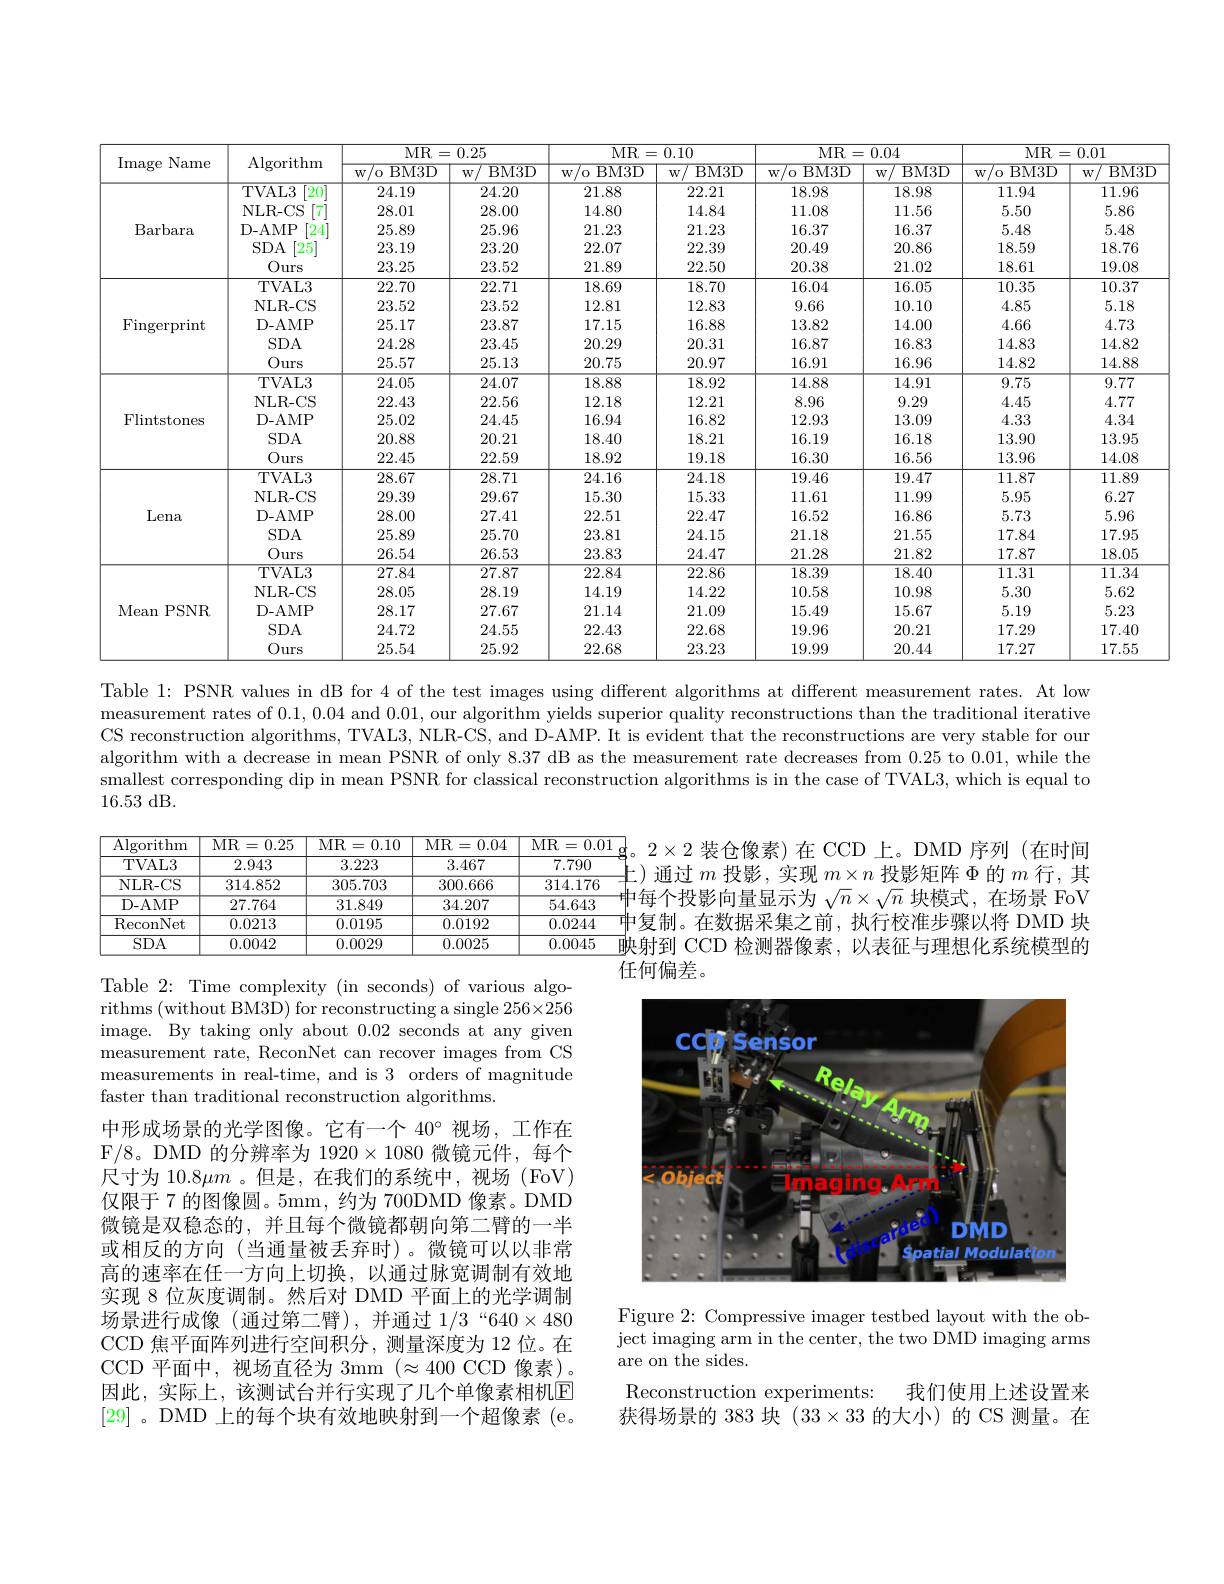
<table>
	<tbody>
		<tr>
			<th rowspan="2">Image Name</th>
			<th rowspan="2">$\operatorname{Algorithm}$</th>
			<th colspan="2">MR= 0. 25</th>
			<th colspan="2">MR=0.10</th>
			<th colspan="2">MR= 0. 04</th>
			<th colspan="2">MR=0.01</th>
		</tr>
		<tr>
			<th>${}^{'}0$ BM3D $W$ </th>
			<th>BM3D $W$</th>
			<th>BM3D $W$ </th>
			<th>$\overline{{\mathrm{BM3D}}}$ $W$</th>
			<th>BM3D $W$ $^{\prime}$o </th>
			<th>BM3D $W$</th>
			<th>BM3D $W$ 0</th>
			<th>$W$ BM3D</th>
		</tr>
		<tr>
			<td rowspan="5">Barbara</td>
			<td>TVAL3 20</td>
			<td>24.19</td>
			<td>24.20</td>
			<td>21.88</td>
			<td>22.21</td>
			<td>18.98</td>
			<td>18.98</td>
			<td>11.94</td>
			<td>11.96</td>
		</tr>
		<tr>
			<td>NLR-CS 7</td>
			<td>28.01</td>
			<td>28.00</td>
			<td>14.80</td>
			<td>14.84</td>
			<td>11.08</td>
			<td>11.56</td>
			<td>5.50</td>
			<td>5.86</td>
		</tr>
		<tr>
			<td>D- AMP 24</td>
			<td>25.89</td>
			<td>25.96</td>
			<td>21.23</td>
			<td>21.23</td>
			<td>16.37</td>
			<td>16.37</td>
			<td>5.48</td>
			<td>5.48</td>
		</tr>
		<tr>
			<td>$SDA$ 25</td>
			<td>23.19</td>
			<td>23.20</td>
			<td>22.07</td>
			<td>22.39</td>
			<td>20.49</td>
			<td>20.86</td>
			<td>18.59</td>
			<td>18.76</td>
		</tr>
		<tr>
			<td>Ours</td>
			<td>23.25</td>
			<td>23.52</td>
			<td>21.89</td>
			<td>22.50</td>
			<td>20.38</td>
			<td>21.02</td>
			<td>18.61</td>
			<td>19.08</td>
		</tr>
		<tr>
			<td rowspan="5">$\operatorname{Fingerprint}$</td>
			<td>TVAL3</td>
			<td>22.70</td>
			<td>22.71</td>
			<td>18.69</td>
			<td>18.70</td>
			<td>16.04</td>
			<td>16.05</td>
			<td>10.35</td>
			<td>10.37</td>
		</tr>
		<tr>
			<td>NLR- CS</td>
			<td>23.52</td>
			<td>23.52</td>
			<td>12.81</td>
			<td>12.83</td>
			<td>9.66</td>
			<td>10.10</td>
			<td>4.85</td>
			<td>5.18</td>
		</tr>
		<tr>
			<td>D- AMP</td>
			<td>25.17</td>
			<td>23.87</td>
			<td>17.15</td>
			<td>16.88</td>
			<td>13.82</td>
			<td>14.00</td>
			<td>4.66</td>
			<td>4.73</td>
		</tr>
		<tr>
			<td>$SDA$</td>
			<td>24.28</td>
			<td>23.45</td>
			<td>20.29</td>
			<td>20.31</td>
			<td>16.87</td>
			<td>16.83</td>
			<td>14.83</td>
			<td>14.82</td>
		</tr>
		<tr>
			<td>Ours</td>
			<td>25.57</td>
			<td>25.13</td>
			<td>20.75</td>
			<td>20.97</td>
			<td>16.91</td>
			<td>16.96</td>
			<td>14.82</td>
			<td>14.88</td>
		</tr>
		<tr>
			<td rowspan="5">Flintstones</td>
			<td>TVAL3</td>
			<td>24.05</td>
			<td>24.07</td>
			<td>18.88</td>
			<td>18.92</td>
			<td>14.88</td>
			<td>14.91</td>
			<td>9.75</td>
			<td>9.77</td>
		</tr>
		<tr>
			<td>NLR- CS</td>
			<td>22.43</td>
			<td>22.56</td>
			<td>12.18</td>
			<td>12.21</td>
			<td>8.96</td>
			<td>9.29</td>
			<td>4.45</td>
			<td>4.77</td>
		</tr>
		<tr>
			<td>D- AMP</td>
			<td>25.02</td>
			<td>24.45</td>
			<td>16.94</td>
			<td>16.82</td>
			<td>12.93</td>
			<td>13.09</td>
			<td>4.33</td>
			<td>4.34</td>
		</tr>
		<tr>
			<td>$SDA$</td>
			<td>20.88</td>
			<td>20.21</td>
			<td>18.40</td>
			<td>18.21</td>
			<td>16.19</td>
			<td>16.18</td>
			<td>13.90</td>
			<td>13.95</td>
		</tr>
		<tr>
			<td>Ours</td>
			<td>22.45</td>
			<td>22.59</td>
			<td>18.92</td>
			<td>19.18</td>
			<td>16.30</td>
			<td>16.56</td>
			<td>13.96</td>
			<td>14.08</td>
		</tr>
		<tr>
			<td rowspan="5">Lena</td>
			<td>TVAL3</td>
			<td>28.67</td>
			<td>28.71</td>
			<td>24.16</td>
			<td>24.18</td>
			<td>19.46</td>
			<td>19.47</td>
			<td>11.87</td>
			<td>11.89</td>
		</tr>
		<tr>
			<td>NLR- CS</td>
			<td>29.39</td>
			<td>29.67</td>
			<td>15.30</td>
			<td>15.33</td>
			<td>11.61</td>
			<td>11.99</td>
			<td>5.95</td>
			<td>6.27</td>
		</tr>
		<tr>
			<td>D- AMP</td>
			<td>28.00</td>
			<td>27.41</td>
			<td>22.51</td>
			<td>22.47</td>
			<td>16.52</td>
			<td>16.86</td>
			<td>5.73</td>
			<td>5.96</td>
		</tr>
		<tr>
			<td>$SDA$</td>
			<td>25.89</td>
			<td>25.70</td>
			<td>23.81</td>
			<td>24.15</td>
			<td>21.18</td>
			<td>21.55</td>
			<td>17.84</td>
			<td>17.95</td>
		</tr>
		<tr>
			<td>Ours</td>
			<td>26.54</td>
			<td>26.53</td>
			<td>23.83</td>
			<td>24.47</td>
			<td>21.28</td>
			<td>21.82</td>
			<td>17.87</td>
			<td>18.05</td>
		</tr>
		<tr>
			<td rowspan="5">Mean PSNR</td>
			<td>TVAL3</td>
			<td>27.84</td>
			<td>27.87</td>
			<td>22.84</td>
			<td>22.86</td>
			<td>18.39</td>
			<td>18.40</td>
			<td>11.31</td>
			<td>11.34</td>
		</tr>
		<tr>
			<td>NLR- CS</td>
			<td>28.05</td>
			<td>28.19</td>
			<td>14.19</td>
			<td>14.22</td>
			<td>10.58</td>
			<td>10.98</td>
			<td>5.30</td>
			<td>5.62</td>
		</tr>
		<tr>
			<td>D- AMP</td>
			<td>28.17</td>
			<td>27.67</td>
			<td>21.14</td>
			<td>21.09</td>
			<td>15.49</td>
			<td>15.67</td>
			<td>5.19</td>
			<td>5.23</td>
		</tr>
		<tr>
			<td>$SDA$</td>
			<td>24.72</td>
			<td>24.55</td>
			<td>22.43</td>
			<td>22.68</td>
			<td>19.96</td>
			<td>20.21</td>
			<td>17.29</td>
			<td>17.40</td>
		</tr>
		<tr>
			<td>Ours</td>
			<td>25.54</td>
			<td>25.92</td>
			<td>22.68</td>
			<td>23.23</td>
			<td>19.99</td>
			<td>20.44</td>
			<td>17.27</td>
			<td>17.55</td>
		</tr>
	</tbody>
</table>

Table 1: PSNR values in dB for 4 of the test images using different algorithms at different measurement rates. At low measurement rates of 0.1, 0.04 and 0.01, our algorithm yields superior quality reconstructions than the traditional iterative CS reconstruction algorithms, TVAL3, NLR-CS, and D-AMP. It is evident that the reconstructions are very stable for our algorithm with a decrease in mean PSNR of only 8.37 dB as the measurement rate decreases from 0.25 to 0.01, while the smallest corresponding dip in mean PSNR for classical reconstruction algorithms is in the case of TVAL3, which is equal to 16.53 dB.

<table>
	<tbody>
		<tr>
			<th>$\operatorname{Algorithm}$</th>
			<th>MR=0.25</th>
			<th>MR= =0.10</th>
			<th>$\overline{\mathrm{MR}}=$ =0.04</th>
			<th>MR= 0.01</th>
		</tr>
		<tr>
			<td>TVAL3</td>
			<td>2.943</td>
			<td>3.223</td>
			<td>3.467</td>
			<td>7.790</td>
		</tr>
		<tr>
			<td>NLR- CS</td>
			<td>314.852</td>
			<td>305.703</td>
			<td>300.666</td>
			<td>314.176</td>
		</tr>
		<tr>
			<td>D- AMP</td>
			<td>27.764</td>
			<td>31.849</td>
			<td>34.207</td>
			<td>54.643</td>
		</tr>
		<tr>
			<td>ReconNet</td>
			<td>0.0213</td>
			<td>0.0195</td>
			<td>0.0192</td>
			<td>0.0244</td>
		</tr>
		<tr>
			<td>$SDA$</td>
			<td>0.0042</td>
			<td>0.0029</td>
			<td>0.0025</td>
			<td>0.0045</td>
		</tr>
	</tbody>
</table>
任何偏差。

$2\times2$装仓像素)在 CCD 上。DMD 序列 (在时间${\text{上)通过 }m\text{ 投影 , 实现 }m\times n\text{ 投影矩阵 }\Phi\text{ 的 }m\text{ 行，其}}$ 中每个投影向量显示为$\sqrt n\times\sqrt{n}$块模式，在场景 FoV 中复制。在数据采集之前，执行校准步骤以将 DMD 块$\overline{\text{映射到 CCD 检测器像素，以表征与理想化系统模型的}}$

<FigureHere>

Table 2: Time complexity (in seconds) of various algorithms (without BM3D) for reconstructing a single $256\times256$ image. By taking only about 0.02 seconds at any given measurement rate, ReconNet can recover images from CS measurements in real-time, and is 3 orders of magnitude faster than traditional reconstruction algorithms.
中形成场景的光学图像。它有一个 40° 视场，工作在F/8。DMD 的分辨率为 1920$\times1080$微镜元件，每个尺寸为 10.8$\mu m$ 。但是，在我们的系统中，视场 (FoV) 仅限于 7 的图像圆。5mm, 约为 700DMD 像素。DMD 微镜是双稳态的，并且每个微镜都朝向第二臂的一半或相反的方向(当通量被丢弃时)。微镜可以以非常高的速率在任一方向上切换，以通过脉宽调制有效地实现 8 位灰度调制。然后对 DMD 平面上的光学调制场景进行成像 (通过第二臂),并通过$1/3“640\times480$ CCD 焦平面阵列进行空间积分，测量深度为 12 位。在CCD 平面中，视场直径为 3mm $(\approx400$ CCD 像素)。因此，实际上，该测试台并行实现了几个单像素相机E [29] 。DMD 上的每个块有效地映射到一个超像素 (e。

Figure 2: Compressive imager testbed layout with the object imaging arm in the center, the two DMD imaging arms are on the sides.

Reconstruction experiments:
我们使用上述设置来
获得场景的 383 块$(33\times33$的大小)的 CS 测量。在